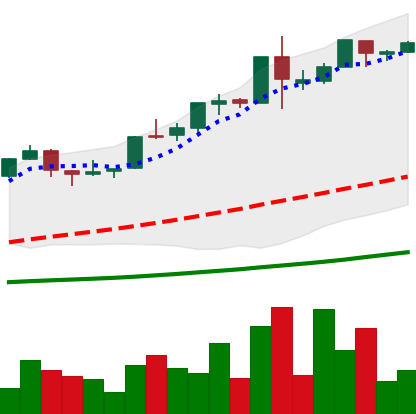
Ticker: BTC-USD
Chart end date: 2015-12-18
Forward return: -4.576%
Label: down_3_5